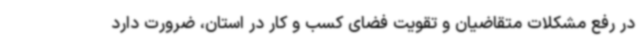
در رفع مشکلات متقاضیان و تقویت فضای کسب و کار در استان، ضرورت دارد